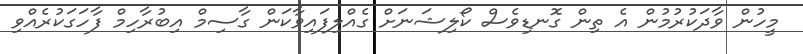
މީހުން ވާދަކުރުމުން އެ ތިން ގޮނޑިވެސް ކޯލިޝަނަށް ގެއްލިފައިވާކަން ގާސިމް އިބުރާހިމް ފާހަގަކުރެއްވި